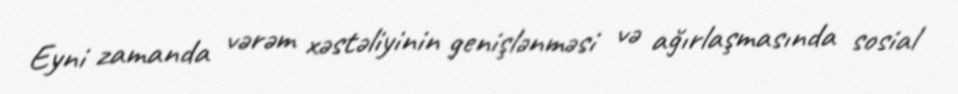
Eyni zamanda vərəm xəstəliyinin genişlənməsi və ağırlaşmasında sosial